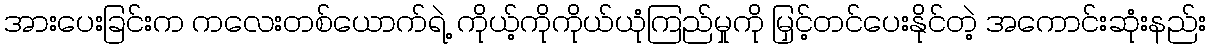
အားပေးခြင်းက ကလေးတစ်ယောက်ရဲ့ ကိုယ့်ကိုကိုယ်ယုံကြည်မှုကို မြှင့်တင်ပေးနိုင်တဲ့ အကောင်းဆုံးနည်း